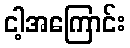
ငါ့အကြောင်း